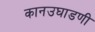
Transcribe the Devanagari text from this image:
कानउघाडणी